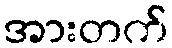
အားတက်